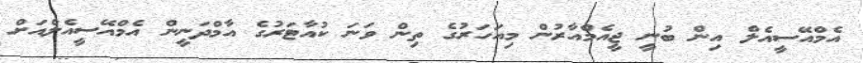
އެމްއޭސީއެލް އިން ބުނީ ޖީއެމްއާރުން މިއަހަރުގެ ތިން ވަނަ ކުއާޓަރުގެ އާމްދަނީން އެމްއޭސީއެލްއަށް